Annual report of the Punjab Veterinary College and of the Civil Veterinary Department, Punjab - 1920-1925
Year: 1920
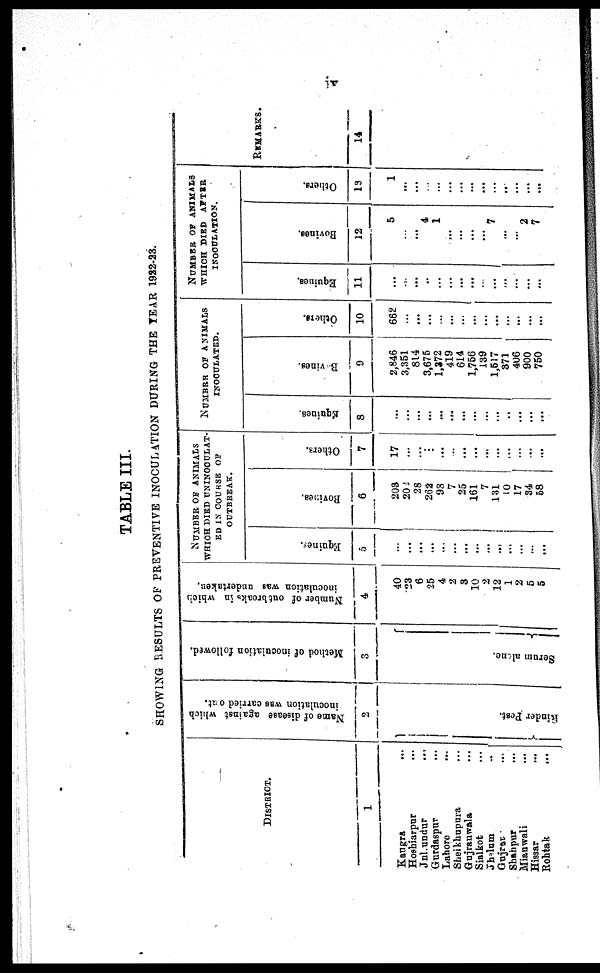
iv
TABLE III.
SHOWI NG RESULTS OF PREVENTI VE I
NOCULATI ON DURI NG T H E YEAR 1922- 23.
DI STRI CT.
1
Kaugr a ...
Hoshi ar pur ...
Jul l undur ...
Gur daspur ...
Lahor e
Shei khupur a ...
Guj r anwal a ...
Si al kot
...
Jhel um ...
Guj r at .
.
.
Shahpur ...
Mi anwal i ...
Hi ssar ...
Roht ak
...
Name of the dieases against which
innoculation was carried out.
2
}Ri nder Pos t
.
Method of inoculation followed.
3
}Ser um al one.
Number of outbreaks in which
inoculation was undertaken.
4
40
23 6
25 4
2
3
10 2
12 1
2
5 5
NUMBER OF ANI MALS
WHICH DI ED UNI NOCULAT
ED IN COURSE OF
OUTBREAK.
Equines.
5
...
... ... ... ...
...
... ... ...
...
... ...
...
Bovines.
6
203
202 28
262 98 7
25
161 7
131 10
17
34
58
Others.
7
17
...
... ...
... ...
... ...
... ...
... ... ...
...
NUMBER OF ANIMALS
INOCULATED.
Equines.
8
...
...
... ... ...
..
...
... ...
... ...
... ... ...
Bovines.
9
2, 846
3, 351 814
3, 675
1, 372 419 614
1, 756 139
1, 517 871 406
900 750
Others.
10
682
...
...
... ...
... ...
...
...
... ... ... ...
...
NUMBER OF ANIMALS
WHI CH DI ED AFTER
I
NCOULATI ON.
Equines.
11
...
...
... ...
...
... ...
...
... ... ...
...
... ...
Bovines.
12
5
...
... 4
1
... ...
...
... 7
...
... 2
7
Others.
13
1
...
...
... ...
... ... ...
... ...
...
...
... ...
REMARKS.
14